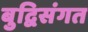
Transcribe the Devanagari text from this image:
बुद्विसंगत